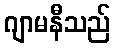
ဂျာမနီသည်